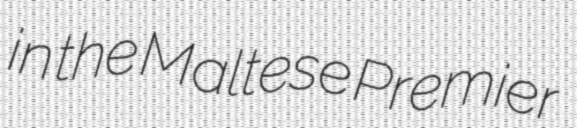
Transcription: in the Maltese Premier